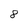
Character: 8